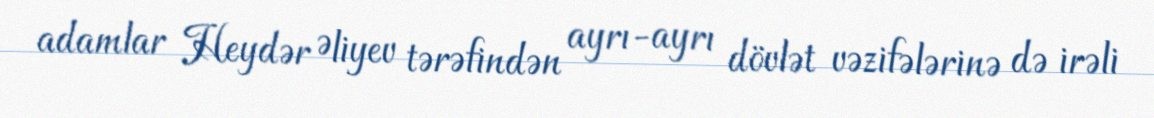
adamlar Heydər Əliyev tərəfindən ayrı-ayrı dövlət vəzifələrinə də irəli